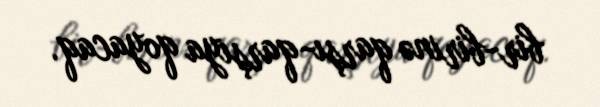
bir-birinə qarşı-qarşıya qoyacaq.